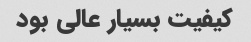
کیفیت بسیار عالی بود